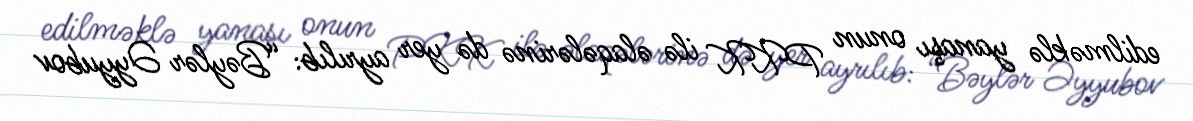
edilməklə yanaşı onun PKK ilə əlaqələrinə də yer ayrılıb: “Bəylər Əyyubov